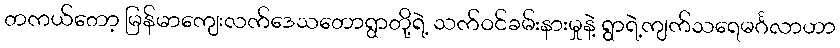
တကယ်တော့ မြန်မာကျေးလက်ဒေသတောရွာတို့ရဲ့ သက်ဝင်ခမ်းနားမှုနဲ့ ရွာရဲ့ကျက်သရေမင်္ဂလာဟာ